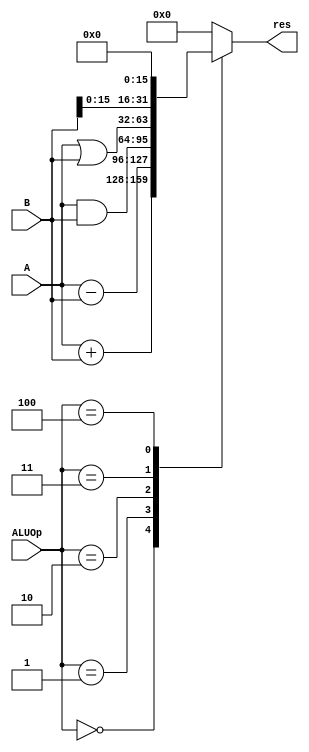
`timescale 1ns / 1ps
//////////////////////////////////////////////////////////////////////////////////
// Company: 
// Engineer: 
// 
// Design Name: 
// Module Name:    ALU 
// Project Name: 
// Target Devices: 
// Tool versions: 
// Description: 
//
// Dependencies: 
//
// Revision: 
// Revision 0.01 - File Created
// Additional Comments: 
//
//////////////////////////////////////////////////////////////////////////////////
// do not include the macros.v !!!
`define ADDU	4'b0000
`define SUBU	4'b0001
`define AND		4'b0010
`define	OR		4'b0011
`define	LUI		4'b0100

module ALU(
    input [31:0] A,
    input [31:0] B,
    input [3:0] ALUOp,
    output reg [31:0] res
    );
	always@(*) begin
		case(ALUOp)
			`ADDU :
				res = A + B;
			`SUBU :
				res = A - B;
			`AND :
				res = A & B;
			`OR :
				res = A | B;
			`LUI:
				res = {B[15:0], 16'h0};
			default:
				res = 0;
		endcase
	end
endmodule